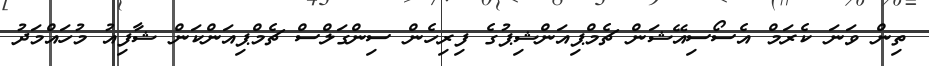
ތިން ވަނަ ކެރަމް އެސޯސިއޭޝަން ޗެމްޕިއަންޝިޕުގެ ފިރިހެން ސިންގަލްސް ޗެމްޕިއަންކަން ޝާފިއު މުހައްމަދު